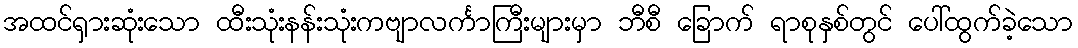
အထင်ရှားဆုံးသော ထီးသုံးနန်းသုံးကဗျာလင်္ကာကြီးများမှာ ဘီစီ ခြောက် ရာစုနှစ်တွင် ပေါ်ထွက်ခဲ့သော